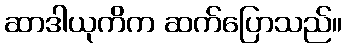
ဆာဒါယုကိက ဆက်ပြောသည်။